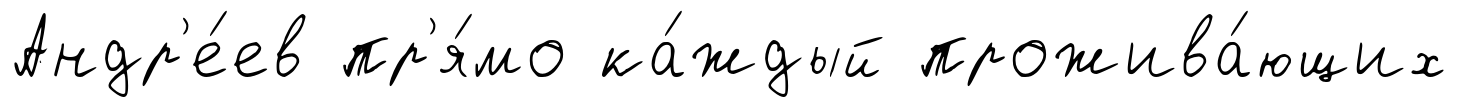
Андр'е́ев пр'я́мо ка́ждый прожива́ющих